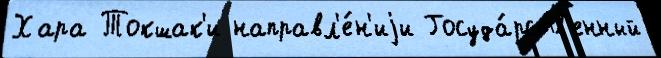
Хара Токшак'и направл'е́н'иjи Госуда́рств'енный